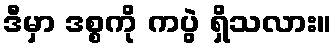
ဒီမှာ ဒစ္စကို ကပွဲ ရှိသလား။